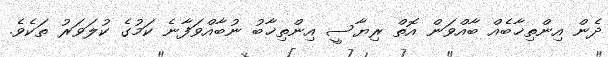
ދެން އިންތިޚާބެއް ބާއްވަން އޮތް ރިޔާސީ އިންތިޚާބު ނުބާއްވަފާނެ ކަމުގެ ކުލަވަރު ތަކެވެ.